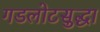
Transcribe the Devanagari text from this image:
गडलोटसुद्धा